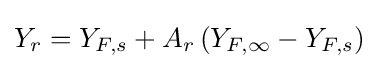
Y_{r}=Y_{F,s}+A_{r}\left(Y_{F,\infty }-Y_{F,s}\right)